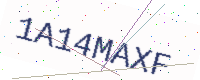
Text: 1A14MAXF